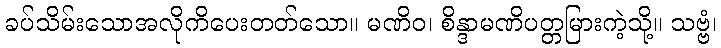
ခပ်သိမ်းသောအလိုကိပေးတတ်သော။ မဏိဝ၊ စိန္ဒာမဏိပတ္တမြားကဲ့သို့။ သဗ္ဗံ၊